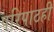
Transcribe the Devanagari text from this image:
परिपाठही